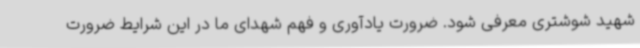
شهید شوشتری معرفی شود. ضرورت یادآوری و فهم شهدای ما در این شرایط ضرورت